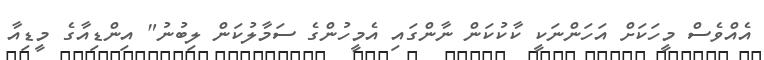
އެއްވެސް މީހަކަށް އަހަންނަކީ ކާކުކަން ނާންގައި އެމީހުންގެ ސަމާލުކަން ލިބުނު" އިންޑިއާގެ މީޑިއާ